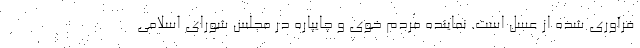
فرآوری شده از عسل است. نماینده مردم خوی و چایپاره در مجلس شورای اسلامی